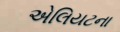
એલિયટના